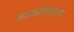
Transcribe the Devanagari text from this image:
आत्मप्रसिद्धीच्या